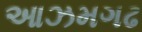
આઝમગઢ